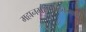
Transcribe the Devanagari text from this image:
महानगरपालिकेमध्ये